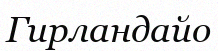
Гирландайо